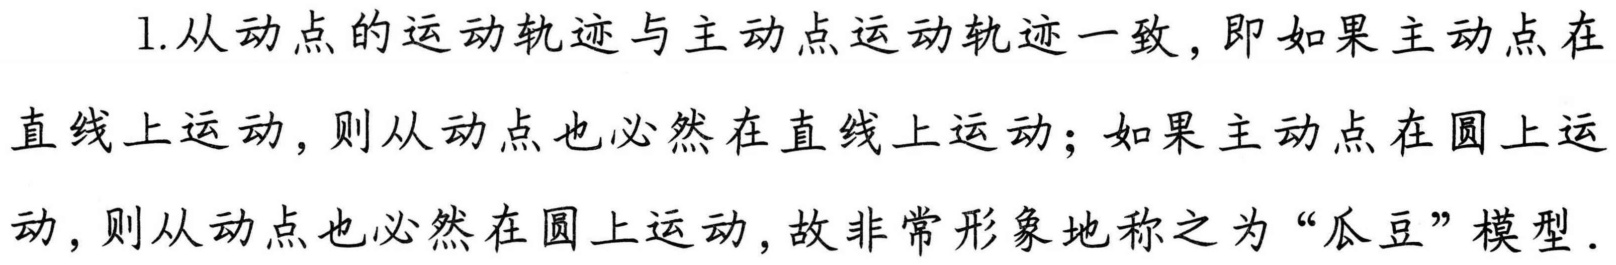
1.从动点的运动轨迹与主动点运动轨迹一致，即如果主动点在
直线上运动，则从动点也必然在直线上运动；如果主动点在圆上运
动，则从动点也必然在圆上运动，故非常形象地称之为“瓜豆”模型．